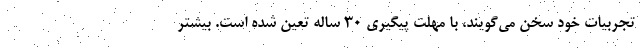
تجربیات خود سخن می‌گویند، با مهلت پیگیری 30 ساله تعین شده است. بیشتر